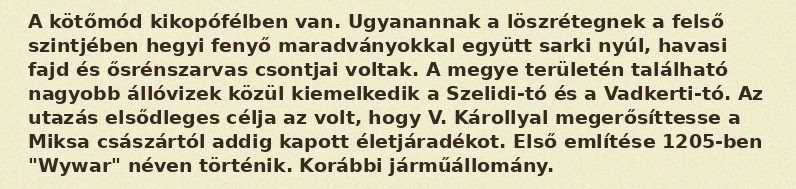
A kötőmód kikopófélben van. Ugyanannak a löszrétegnek a felső szintjében hegyi fenyő maradványokkal együtt sarki nyúl, havasi fajd és ősrénszarvas csontjai voltak. A megye területén található nagyobb állóvizek közül kiemelkedik a Szelidi-tó és a Vadkerti-tó. Az utazás elsődleges célja az volt, hogy V. Károllyal megerősíttesse a Miksa császártól addig kapott életjáradékot. Első említése 1205-ben "Wywar" néven történik. Korábbi járműállomány.